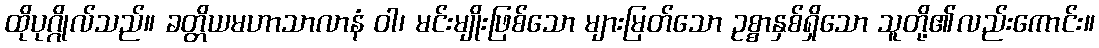
ထိုပုဂ္ဂိုလ်သည်။ ခတ္တိယမဟာသာလာနံ ဝါ၊ မင်းမျိုးဖြစ်သော များမြတ်သော ဥစ္စာနှစ်ရှိသော သူတို့၏လည်းကောင်း။